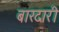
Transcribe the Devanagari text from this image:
बारदारी